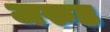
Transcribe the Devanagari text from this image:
जरुड